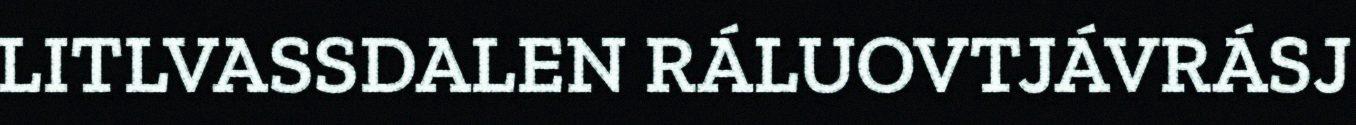
LITLVASSDALEN RÁLUOVTJÁVRÁSJ